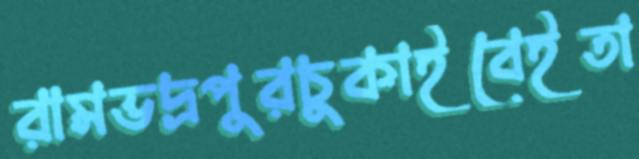
রামভদ্রপুরচুকাইবেইতা